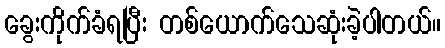
ခွေးကိုက်ခံရပြီး တစ်ယောက်သေဆုံးခဲ့ပါတယ်။